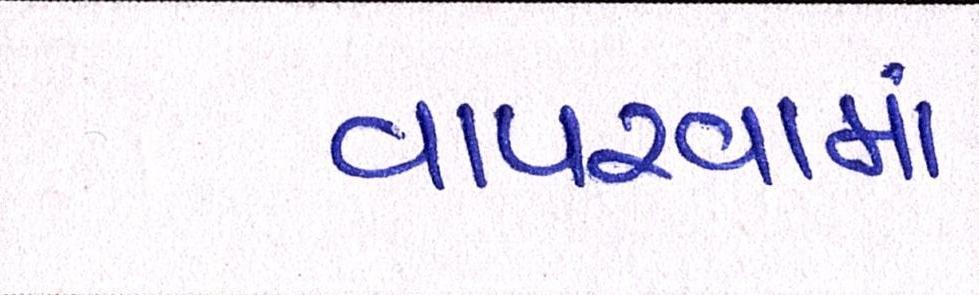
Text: વાપરવામાં